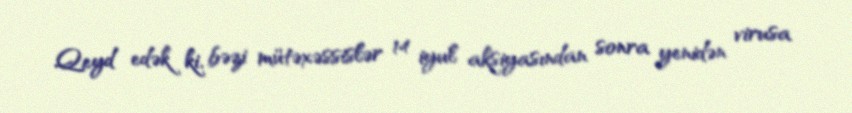
Qeyd edək ki, bəzi mütəxəssislər 14 iyul aksiyasından sonra yenidən virusa